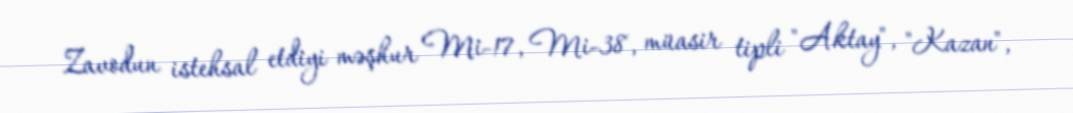
Zavodun istehsal etdiyi məşhur Mi-17, Mi-38, müasir tipli "Aktay", "Kazan",